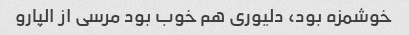
خوشمزه بود، دلیوری هم خوب بود مرسی از الپارو